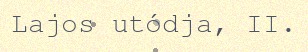
Lajos utódja, II.